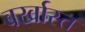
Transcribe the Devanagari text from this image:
बर्खास्त